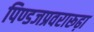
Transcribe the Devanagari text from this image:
पिण्डजप्रवरारूढ़ा